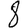
Digit: 8